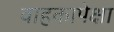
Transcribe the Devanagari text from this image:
वाहकापेक्षा